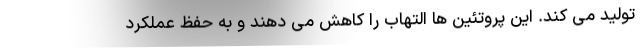
تولید می کند. این پروتئین ها التهاب را کاهش می دهند و به حفظ عملکرد